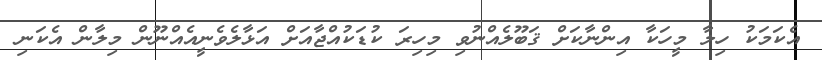
އެކަމަކު ހިލާ މީހަކާ އިންނާކަށް ޤަބޫލެއްނުވި މިހިރަ ކުޑަކުއްޖާއަށް އަޅާލެވެނީއެއްނޫން މިލާން އެކަނި